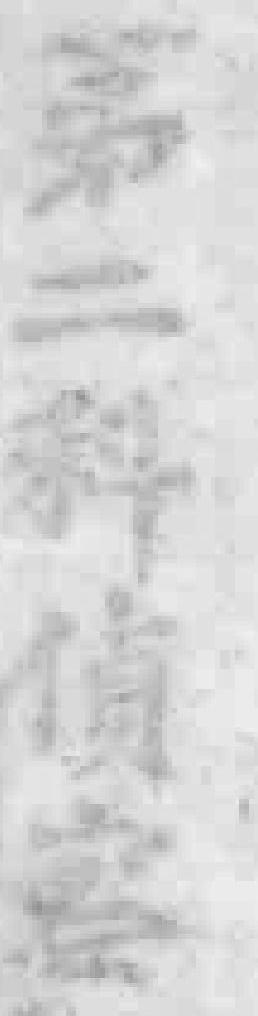
第二科偵察